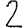
Digit: 2